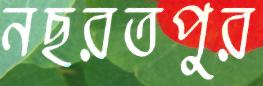
নছরতপুর